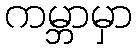
ကမ္ဘာမှာ